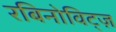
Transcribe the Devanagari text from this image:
रबिनोविट्ज़